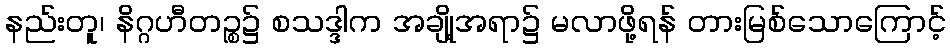
နည်းတူ၊ နိဂ္ဂဟီတဉ္စ၌ စသဒ္ဒါက အချို့အရာ၌ မလာဖို့ရန် တားမြစ်သောကြောင့်